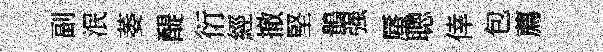
副泯萎醍衍經撤堅鶻强蜃聰倖包薦